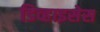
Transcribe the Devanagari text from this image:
डिव्हाइसेस